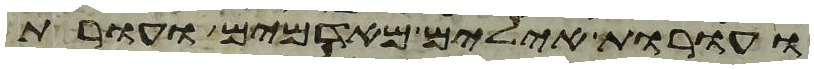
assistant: ועורות אילים מאדמים ועורות